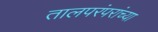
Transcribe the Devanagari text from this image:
तालपरंपरांच्या